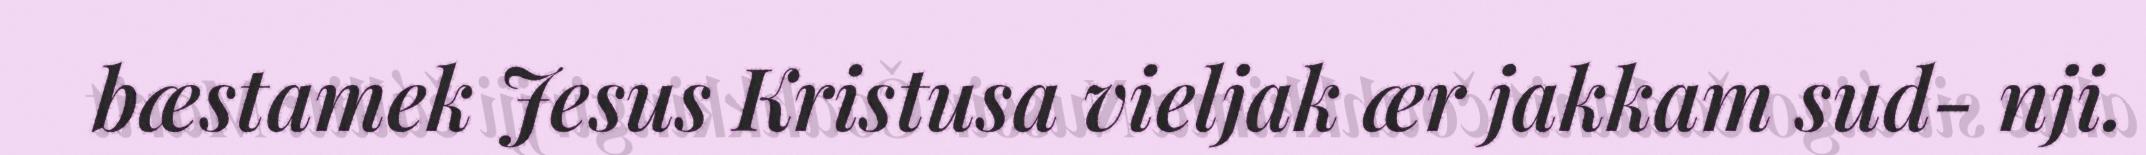
bæstamek Jesus Kristusa vieljak ær jakkam sud- nji.